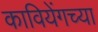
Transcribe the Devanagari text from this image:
कावियेंगच्या